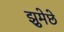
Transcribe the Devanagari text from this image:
झुमेछे